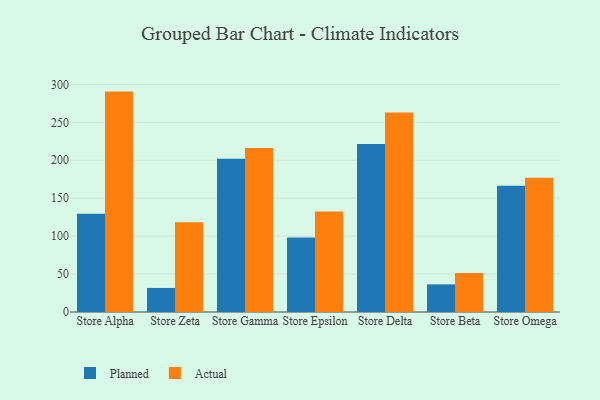
{"axis": {"x": "Store", "y": "LTV (USD)"}, "legend": ["Actual", "Planned"], "data": [{"x": "Store Alpha", "y": 129.4, "type": "Planned"}, {"x": "Store Alpha", "y": 290.5, "type": "Actual"}, {"x": "Store Zeta", "y": 31.7, "type": "Planned"}, {"x": "Store Zeta", "y": 118.3, "type": "Actual"}, {"x": "Store Gamma", "y": 202.1, "type": "Planned"}, {"x": "Store Gamma", "y": 216.3, "type": "Actual"}, {"x": "Store Epsilon", "y": 98.1, "type": "Planned"}, {"x": "Store Epsilon", "y": 132.4, "type": "Actual"}, {"x": "Store Delta", "y": 221.5, "type": "Planned"}, {"x": "Store Delta", "y": 262.8, "type": "Actual"}, {"x": "Store Beta", "y": 36.4, "type": "Planned"}, {"x": "Store Beta", "y": 51.5, "type": "Actual"}, {"x": "Store Omega", "y": 166.4, "type": "Planned"}, {"x": "Store Omega", "y": 177.1, "type": "Actual"}]}